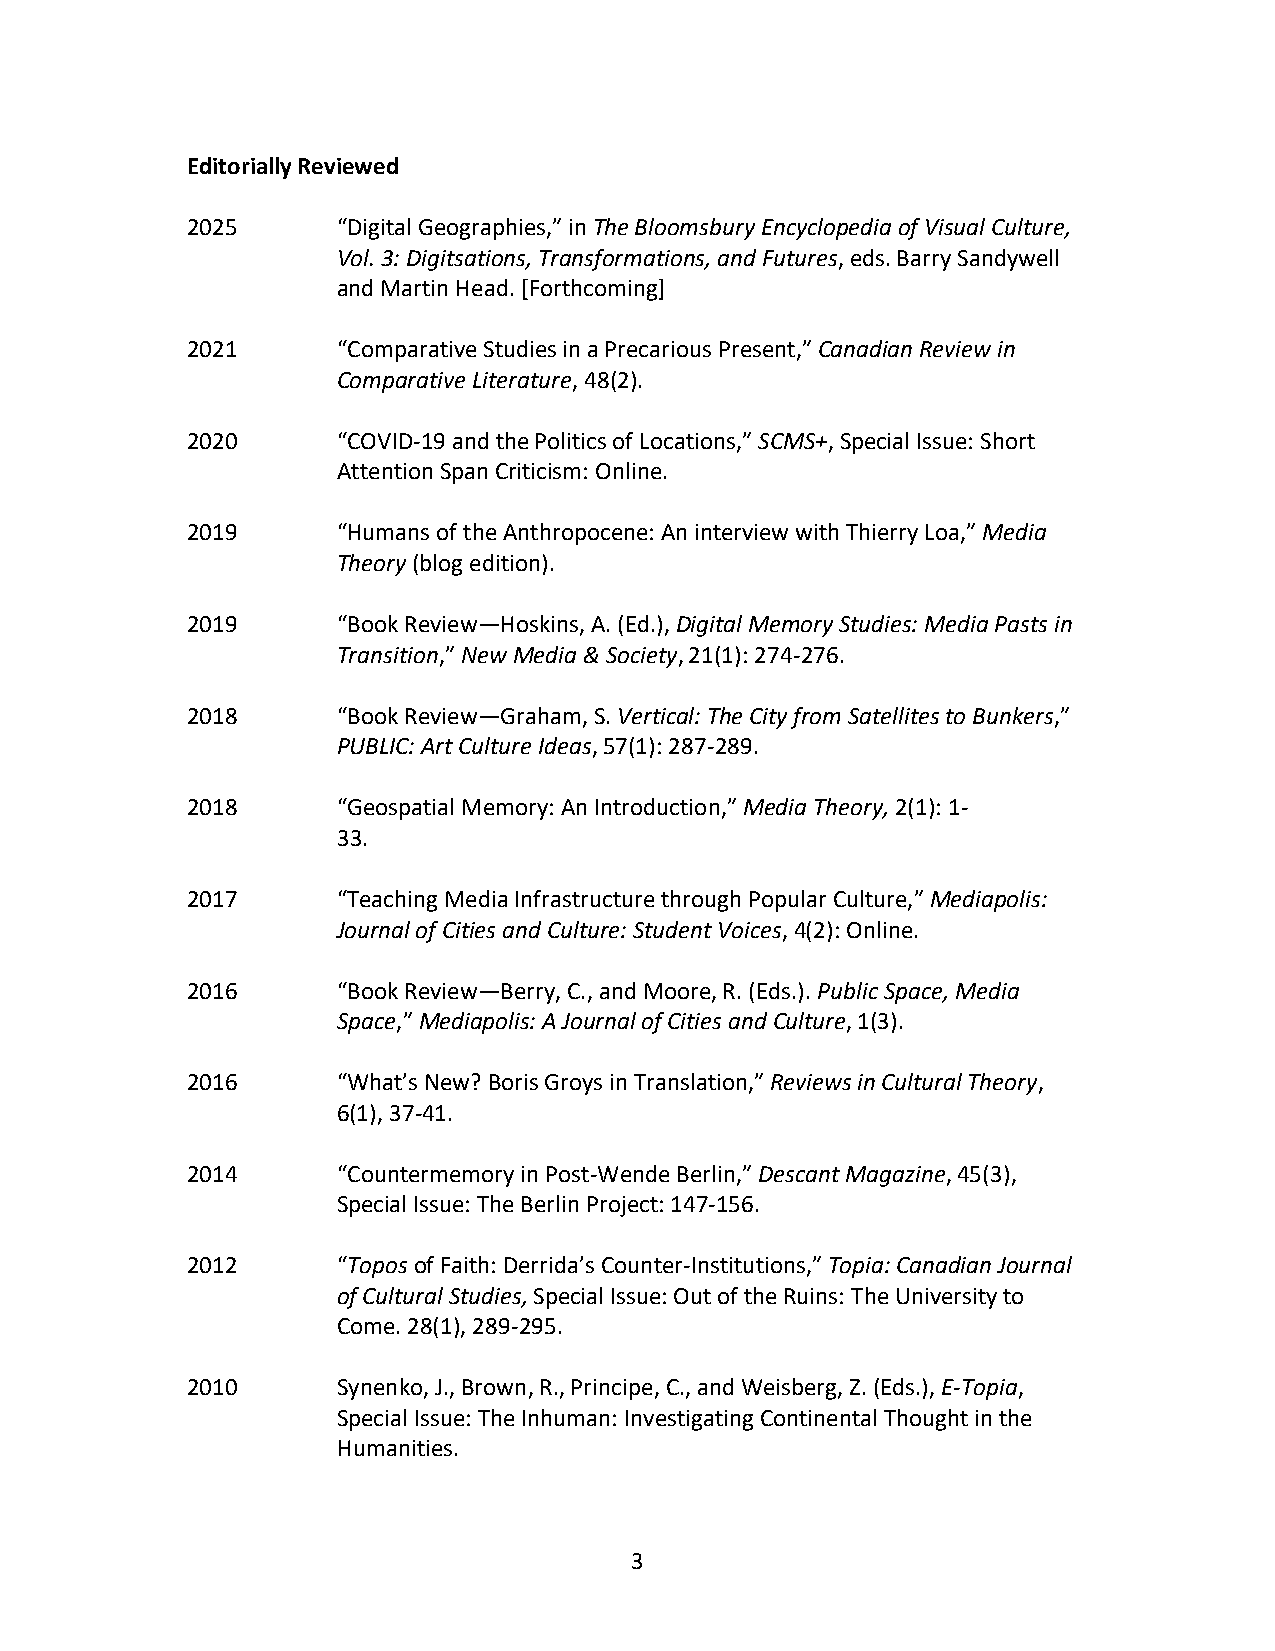
Editorially Reviewed
 2025      “Digital Geographies,” in The Bloomsbury Encyclopedia of Visual Culture,
 Vol. 3: Digitsations, Transformations, and Futures, eds. Barry Sandywell
 and Martin Head. [Forthcoming]
 2021      “Comparative Studies in a Precarious Present,” Canadian Review in
 Comparative Literature, 48(2).
 2020      “COVID-19 and the Politics of Locations,” SCMS+, Special Issue: Short
 Attention Span Criticism: Online.
 2019      “Humans of the Anthropocene: An interview with Thierry Loa,” Media
 Theory (blog edition).
 2019      “Book Review—Hoskins, A. (Ed.), Digital Memory Studies: Media Pasts in
 Transition,” New Media & Society, 21(1): 274-276.
 2018      “Book Review—Graham, S. Vertical: The City from Satellites to Bunkers,”
 PUBLIC: Art Culture Ideas, 57(1): 287-289.
 2018      “Geospatial Memory: An Introduction,” Media Theory, 2(1): 1-
 33.
 2017      “Teaching Media Infrastructure through Popular Culture,” Mediapolis:
 Journal of Cities and Culture: Student Voices, 4(2): Online.
 2016      “Book Review—Berry, C., and Moore, R. (Eds.). Public Space, Media
 Space,” Mediapolis: A Journal of Cities and Culture, 1(3).
 2016      “What’s New? Boris Groys in Translation,” Reviews in Cultural Theory,
 6(1), 37-41.
 2014      “Countermemory in Post-Wende Berlin,” Descant Magazine, 45(3),
 Special Issue: The Berlin Project: 147-156.
 2012      “Topos of Faith: Derrida’s Counter-Institutions,” Topia: Canadian Journal
 of Cultural Studies, Special Issue: Out of the Ruins: The University to
 Come. 28(1), 289-295.
 2010      Synenko, J., Brown, R., Principe, C., and Weisberg, Z. (Eds.), E-Topia,
 Special Issue: The Inhuman: Investigating Continental Thought in the
 Humanities.
 3